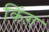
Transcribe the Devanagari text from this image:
किंग़